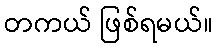
တကယ် ဖြစ်ရမယ်။